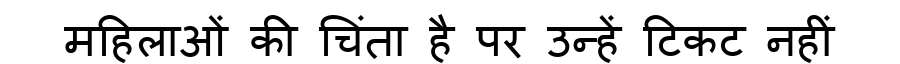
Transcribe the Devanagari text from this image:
महिलाओं की चिंता है पर उन्हें टिकट नहीं